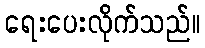
ရေးပေးလိုက်သည်။